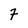
Character: 7